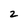
Character: 2